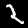
Label: 2